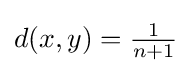
d(x,y)={\tfrac {1}{n+1}}